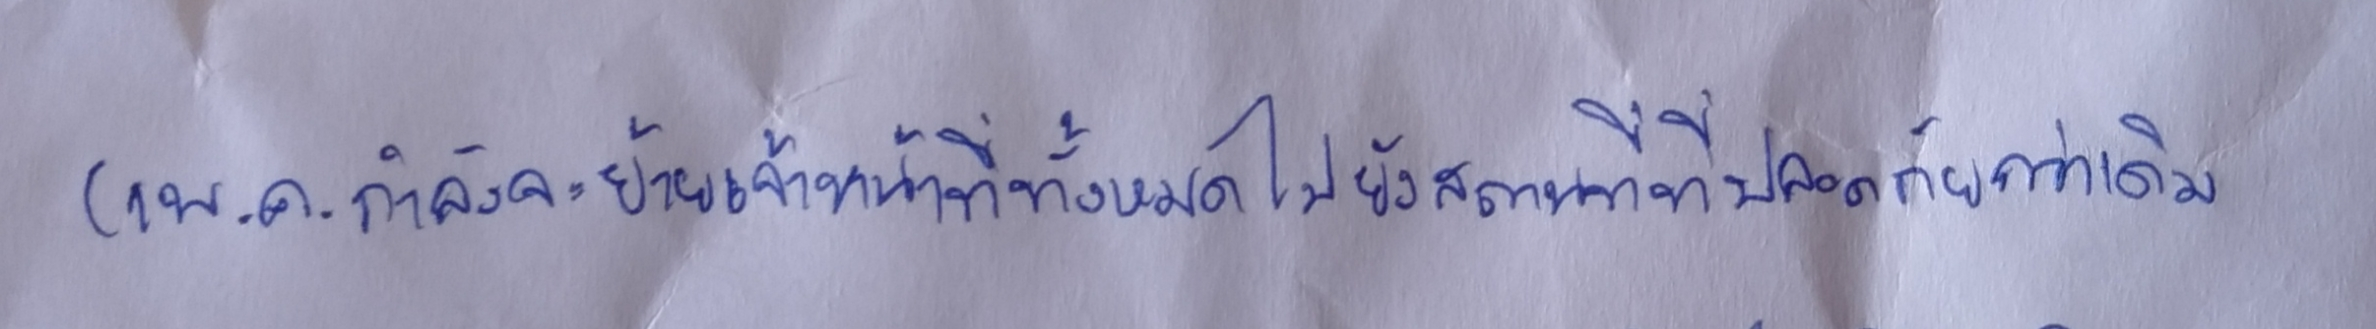
(1พ.ค.กำลังจะย้ายเจ้าหน้าที่ทั้งหมดไปยังสถานที่ที่ปลอดภัยกว่าเดิม